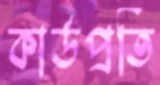
কার্ডপ্রতি